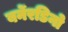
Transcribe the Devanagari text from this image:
बर्नेरडिनो